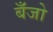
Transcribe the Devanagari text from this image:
बॅँजो